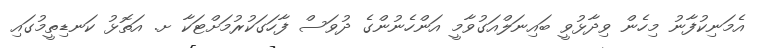
އެމަނިކުފާނު މިހެން ވިދާޅުވީ ބައިނަލްއަގުވާމީ އަންހެނުންގެ ދުވަސް ފާހަގަކުރުމަށްޓަކާ ށ. އަތޮޅު ކަނޑިތީމުގައި